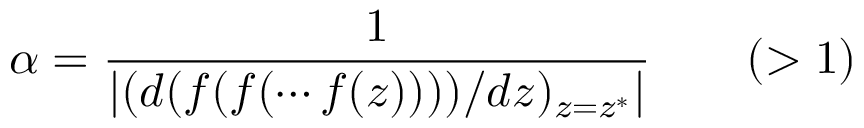
\alpha = { \frac { 1 } { \left| ( d ( f ( f ( \cdots f ( z ) ) ) ) / d z ) _ { z = z ^ { * } } \right| } } \qquad ( > 1 )